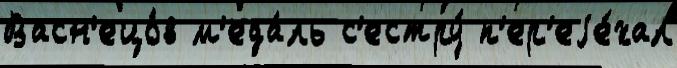
Васн'ецо́в м'еда́ль с'естру́ п'ер'еjе́хал